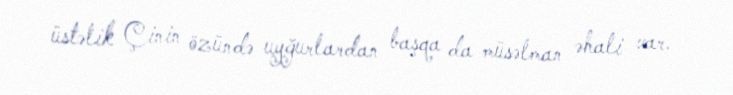
üstəlik Çinin özündə uyğurlardan başqa da müsəlman əhali var.